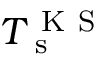
T _ { \mathrm { ~ s ~ } } ^ { \mathrm { ~ K ~ S ~ } }